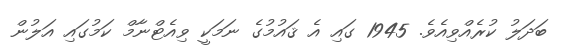
ބަދަލު ކުރެއްވިއެވެ. 1945 ގައި އެ ޤައުމުގެ ނަމަކީ ވިއެޓްނާމް ކަމުގައި އަލުން